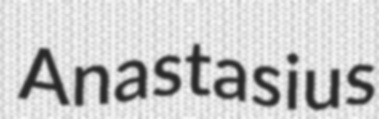
Anastasius